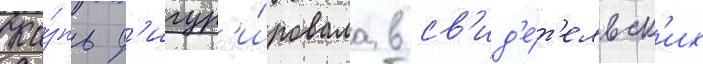
Ка́знь ф'игур'и́ровала в св'ид'е́т'ельск'их